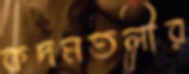
কদমতলীর